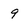
Character: 9